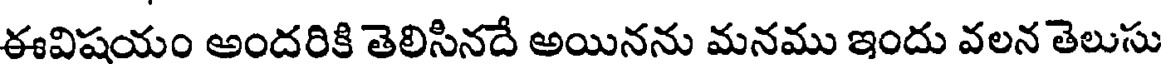
ఈవిషయం అందరికి తెలిసినదే అయినను మనము ఇందు వలన తెలుసు